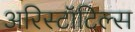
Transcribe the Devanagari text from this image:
अरिस्टॉटिल्स